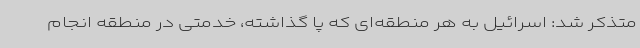
متذکر شد: اسرائیل به هر منطقه‌ای که پا گذاشته، خدمتی در منطقه انجام